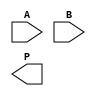
module WallaceTreeMultiplier #(parameter N = 8) (
    input [N-1:0] A,
    input [N-1:0] B,
    output reg [2*N-1:0] P
);
    // Partial product generation
    wire [N-1:0] pp [0:N-1]; // Partial products
    genvar i, j;
    
    generate
        for (i = 0; i < N; i = i + 1) begin : pp_gen
            assign pp[i] = A & {N{B[i]}}; // AND operation to generate partial products
        end
    endgenerate

    // Wallace tree reduction
    wire [N-1:0] sum [0:2*N-1]; // Sums
    wire [N-1:0] carry [0:2*N-1]; // Carries
    wire [N-1:0] final_sum, final_carry;

    // Stage 1: Reduce partial products
    generate
        for (i = 0; i < N; i = i + 1) begin : reduction_stage1
            if (i % 3 == 0) begin
                assign {carry[i/3], sum[i/3]} = pp[i] + pp[i+1] + pp[i+2]; // Full adder for three inputs
            end
        end
    endgenerate

    // Stage 2: Further reduction
    generate
        for (i = 0; i < (N + 2) / 3; i = i + 1) begin : reduction_stage2
            if (i % 2 == 0) begin
                assign {carry[i/2], sum[i/2]} = sum[i] + sum[i+1] + carry[i]; // Full adder for three inputs
            end
        end
    endgenerate

    // Final addition
    assign {final_carry, final_sum} = sum[0] + sum[1] + carry[0]; // Final addition

    // Output assignment
    always @(*) begin
        P = {final_carry, final_sum}; // Combine final sum and carry for output
    end

endmodule